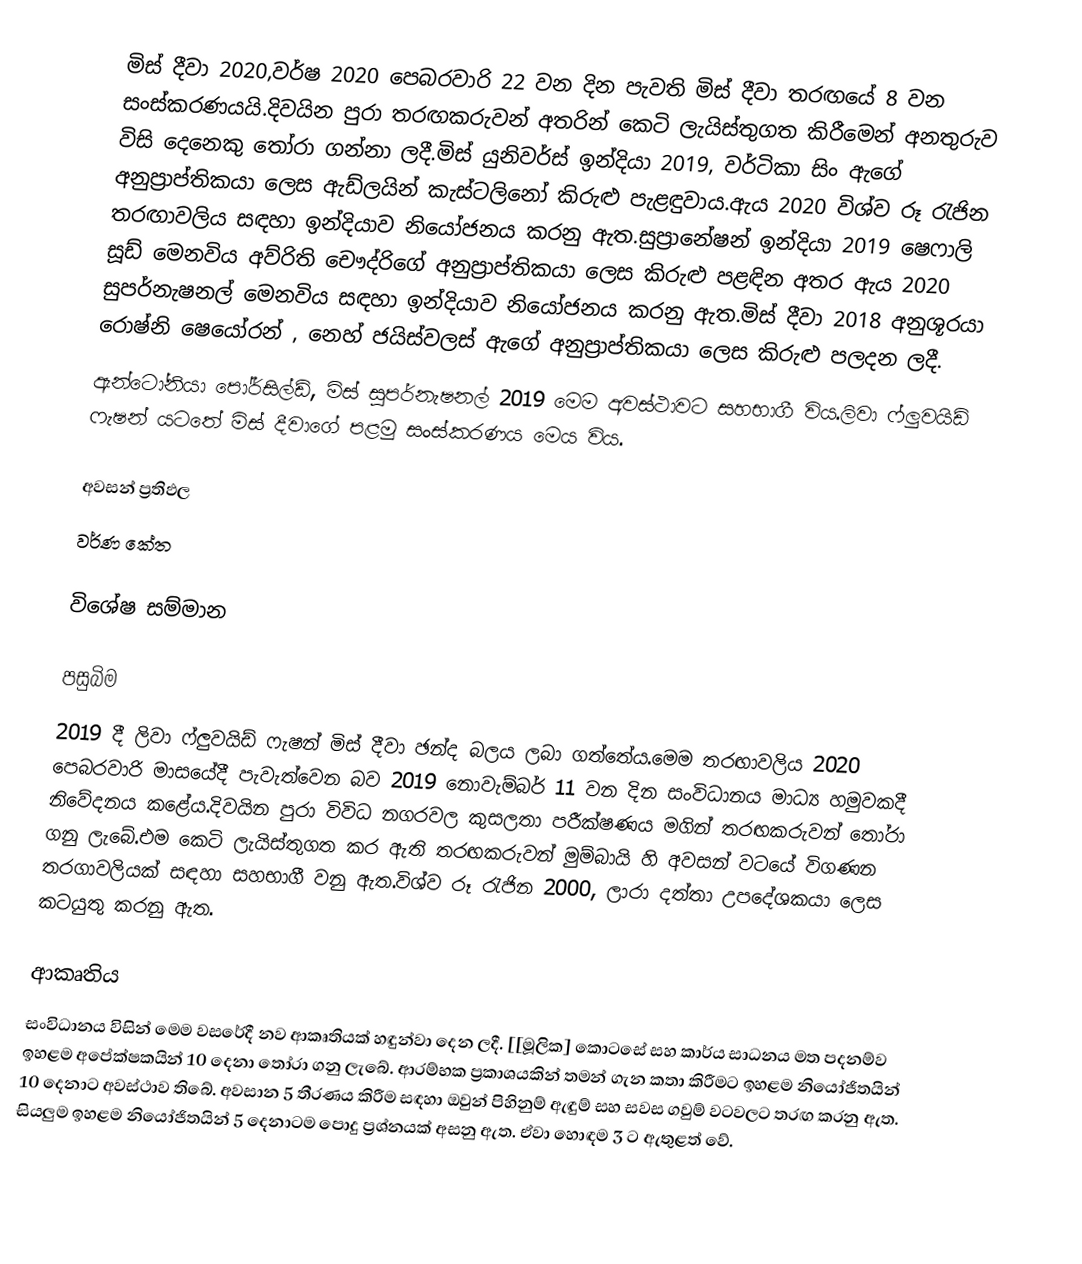
මිස් දීවා 2020,වර්ෂ 2020 පෙබරවාරි 22 වන දින පැවති මිස් දීවා තරඟයේ 8 වන සංස්කරණයයි.දිවයින පුරා තරඟකරුවන් අතරින් කෙටි ලැයිස්තුගත කිරීමෙන් අනතුරුව විසි දෙනෙකු තෝරා ගන්නා ලදී.මිස් යුනිවර්ස් ඉන්දියා 2019, වර්ටිකා සිං ඇගේ අනුප්‍රාප්තිකයා ලෙස ඇඩ්ලයින් කැස්ටලිනෝ කිරුළු පැළඳුවාය.ඇය 2020 විශ්ව රූ රැජින තරඟාවලිය සඳහා ඉන්දියාව නියෝජනය කරනු ඇත.සුප්‍රානේෂන් ඉන්දියා 2019 ෂෙෆාලි සූඩ් මෙනවිය අව්රිති චෞද්රිගේ අනුප්‍රාප්තිකයා ලෙස කිරුළු පළඳින අතර ඇය 2020 සුපර්නැෂනල් මෙනවිය සඳහා ඉන්දියාව නියෝජනය කරනු ඇත.මිස් දීවා 2018 අනුශූරයා රොෂ්නි ෂෙයෝරන් , නෙහ් ජයිස්වලස් ඇගේ අනුප්‍රාප්තිකයා ලෙස කිරුළු පලදන ලදී.
ඇන්ටෝනියා පෝර්සිල්ඩ්, මිස් සුපර්නැෂනල් 2019 මෙම අවස්ථාවට සහභාගී විය.ලිවා ෆ්ලුවයිඩ් ෆැෂන් යටතේ මිස් දීවාගේ පළමු සංස්කරණය මෙය විය.

අවසන් ප්‍රතිඵල
වර්ණ කේත

විශේෂ සම්මාන

පසුබිම
2019 දී ලිවා ෆ්ලුවයිඩ් ෆැෂන් මිස් දීවා ඡන්ද බලය ලබා ගත්තේය.මෙම තරඟාවලිය 2020 පෙබරවාරි මාසයේදී පැවැත්වෙන බව 2019 නොවැම්බර් 11 වන දින සංවිධානය මාධ්‍ය හමුවකදී නිවේදනය කළේය.දිවයින පුරා විවිධ නගරවල කුසලතා පරීක්ෂණය මගින් තරඟකරුවන් තෝරා ගනු ලැබේ.එම කෙටි ලැයිස්තුගත කර ඇති තරඟකරුවන් මුම්බායි හි අවසන් වටයේ විගණන තරගාවලියක් සඳහා සහභාගී වනු ඇත.විශ්ව රූ රැජින 2000, ලාරා දත්තා උපදේශකයා ලෙස කටයුතු කරනු ඇත.

ආකෘතිය
සංවිධානය විසින් මෙම වසරේදී නව ආකෘතියක් හඳුන්වා දෙන ලදී. [[මූලික] කොටසේ සහ කාර්ය සාධනය මත පදනම්ව ඉහළම අපේක්ෂකයින් 10 දෙනා තෝරා ගනු ලැබේ. ආරම්භක ප්‍රකාශයකින් තමන් ගැන කතා කිරීමට ඉහළම නියෝජිතයින් 10 දෙනාට අවස්ථාව තිබේ. අවසාන 5 තීරණය කිරීම සඳහා ඔවුන් පිහිනුම් ඇඳුම් සහ සවස ගවුම් වටවලට තරඟ කරනු ඇත. සියලුම ඉහළම නියෝජිතයින් 5 දෙනාටම පොදු ප්‍රශ්නයක් අසනු ඇත. ඒවා හොඳම 3 ට ඇතුළත් වේ.